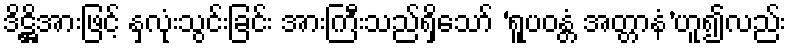
ဒိဋ္ဌိအားဖြင့် နှလုံးသွင်းခြင်း အားကြီးသည်ရှိသော် ‘ရူပဝန္တံ အတ္တာနံ’ဟူ၍လည်း